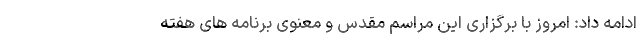
ادامه داد: امروز با برگزاری این مراسم مقدس و معنوی برنامه های هفته